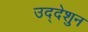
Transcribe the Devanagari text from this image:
उद्देशुन